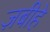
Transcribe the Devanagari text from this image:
ज़बीहे